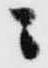
ニ